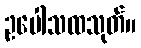
ဥပေါသထသုတ်။